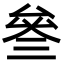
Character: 叄